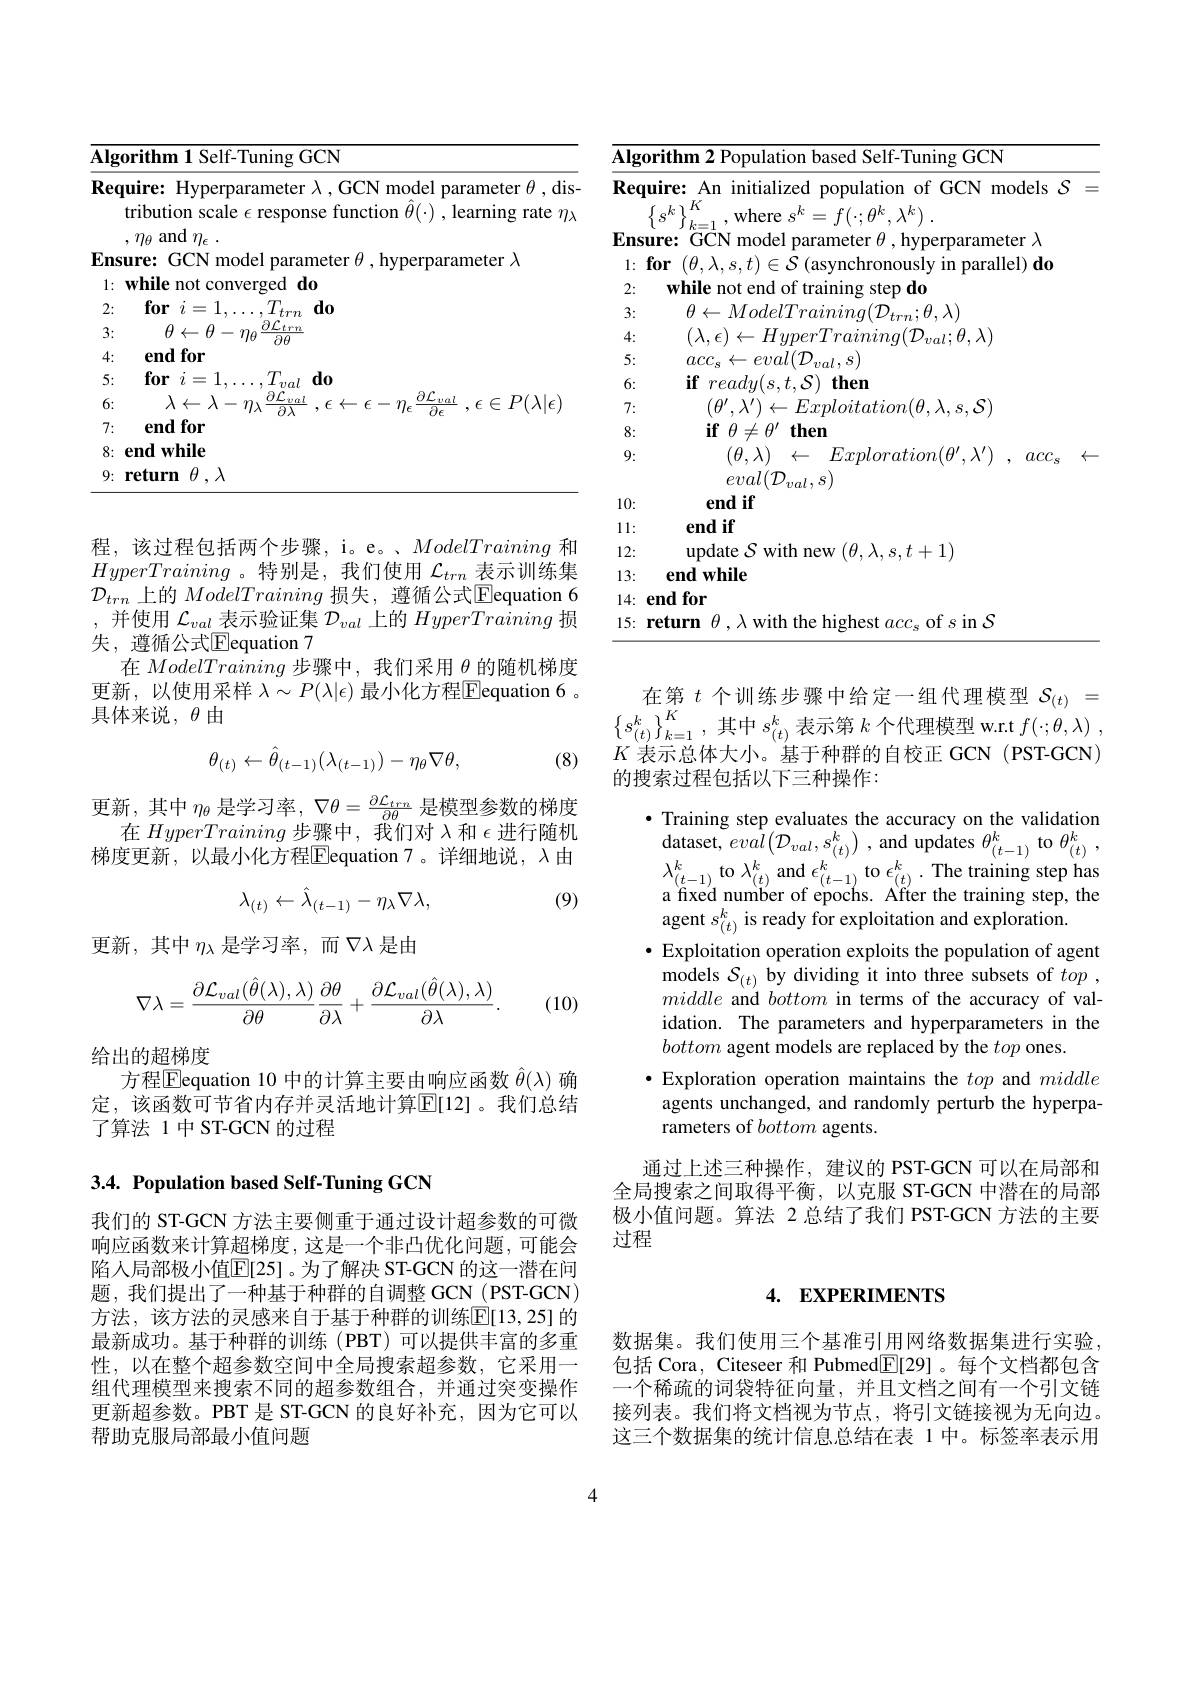
<table>
	<tbody>
		<tr>
			<td>$\overline{\mathbf{Alg}}$ T</td>
			<td>$\textbf{orithm1 Self- Tuning GCN}$</td>
		</tr>
		<tr>
			<td>Req</td>
			<td>uire: Hyperparameter $\lambda$,GCN model parameter $\theta$,dis tribution scale $\epsilon$ response function $\hat{\theta}(\cdot)$, learning rate $\eta_\lambda$</td>
		</tr>
		<tr>
			<td>3:</td>
			<td>$\theta\leftarrow\theta-$ $-\eta_{6}$ $\frac{-trn}{-1}$ $\partial\theta$</td>
		</tr>
		<tr>
			<td>4:</td>
			<td>end for</td>
		</tr>
		<tr>
			<td>5:</td>
			<td>$\textbf{for}i=$ , $d_0$ $71al$</td>
		</tr>
		<tr>
			<td>6:</td>
			<td>$\lambda\leftarrow\lambda-$ $\in P(\lambda|\epsilon)$</td>
		</tr>
		<tr>
			<td>7:</td>
			<td>$\mathbf{endfor}$</td>
		</tr>
		<tr>
			<td>8:</td>
			<td>$\textbf{end while}$</td>
		</tr>
		<tr>
			<td>9:</td>
			<td>return $\theta$ , $\lambda$</td>
		</tr>
	</tbody>
</table>

程，该过程包括两个步骤，i。e。、ModelTraining和HyperTraining 。特别是，我们使用$\mathcal{L}_trn$表示训练集$\mathcal{D}_{trn}$上的ModelTraining损失，遵循公式$\underline\text{Eequation 6}$ ,并使用$\mathcal{L}_val$表示验证集$\mathcal{D}_val$上的HyperTraining损失，遵循公式$\overline{\mathrm{E}}$equation 7
在ModelTraining步骤中，我们采用$\theta$的随机梯度更新，以使用采样 $\lambda\sim P(\lambda|\epsilon)$ 最小化方程$\overline{\mathrm{E}}$equation 6。具体来说$,\theta$由

(8)
$$\theta_{(t)}\leftarrow\hat{\theta}_{(t-1)}(\lambda_{(t-1)})-\eta_{\theta}\nabla\theta,$$
更新，其中$\eta_\theta$是学习率，$\nabla\theta=\frac\partial\mathcal{L}_{trn}{\partial\theta}$是模型参数的梯度
在HyperTraining步骤中，我们对$\lambda$和$\epsilon$进行随机梯度更新，以最小化方程$\boxed{\mathrm{E}}$equation 7。详细地说，$\lambda$ 由
$$\lambda_{(t)}\leftarrow\hat{\lambda}_{(t-1)}-\eta_{\lambda}\nabla\lambda,$$
(9)

更新，其中$\eta_\lambda$是学习率，而$\nabla\lambda$是由
$$\nabla\lambda=\frac{\partial\mathcal{L}_{val}(\hat{\theta}(\lambda),\lambda)}{\partial\theta}\frac{\partial\theta}{\partial\lambda}+\frac{\partial\mathcal{L}_{val}(\hat{\theta}(\lambda),\lambda)}{\partial\lambda}.$$
(10)

给出的超梯度
方程$\overline{\text{Eequation 10 中的计算主要由响应函数 }\hat{\theta}}(\lambda)$ 确定，该函数可节省内存并灵活地计算$\mathbb{E}[12]$。我们总结了算法 1 中 ST-GCN 的过程

## 3.4. Population based Self-Tuning GCN

我们的 ST-GCN 方法主要侧重于通过设计超参数的可微响应函数来计算超梯度，这是一个非凸优化问题，可能会陷人局部极小值$\mathbb{E}[25]$。为了解决 ST-GCN 的这一潜在问题，我们提出了一种基于种群的自调整 GCN (PST-GCN) 方法，该方法的灵感来自于基于种群的训练$\mathbb{E}[13,25]$ 的最新成功。基于种群的训练(PBT)可以提供丰富的多重性，以在整个超参数空间中全局搜索超参数，它采用一组代理模型来搜索不同的超参数组合，并通过突变操作更新超参数。PBT 是 ST-GCN 的良好补充，因为它可以帮助克服局部最小值问题

<table>
	<tbody>
		<tr>
			<td>$\overline{\mathbf{Alg}}$ 1</td>
			<td>orithm 2 Popu 五 ased Self-Tuning GCN</td>
		</tr>
		<tr>
			<td>2:</td>
			<td>$\mathbf{while}$ step do</td>
		</tr>
		<tr>
			<td>3:</td>
			<td> $t_{rn}:\theta,\lambda)$</td>
		</tr>
		<tr>
			<td>4:</td>
			<td></td>
		</tr>
		<tr>
			<td>5:</td>
			<td>$\rho\eta\gamma al$ $({\mathcal{D}}$ $acc_{\mathrm{s}}$ $al_{1}$</td>
		</tr>
		<tr>
			<td>6:</td>
			<td>then $\ddot{\mathbf{if}}$ ren 21</td>
		</tr>
		<tr>
			<td>7:</td>
			<td></td>
		</tr>
		<tr>
			<td>8:</td>
			<td>then $\mathbf{if}$ $\theta \neq$ $\mu^{\prime}$</td>
		</tr>
		<tr>
			<td>9:</td>
			<td>$Exploration( \theta ^{\prime }, \lambda ^{\prime })$ , $acc_{s}$ $(\theta,\lambda)$ $\leftarrow$</td>
		</tr>
		<tr>
			<td>10:</td>
			<td> end if</td>
		</tr>
		<tr>
			<td>1: 1 </td>
			<td>$\mathbf{endif}$</td>
		</tr>
		<tr>
			<td>12:</td>
			<td>$(\theta,\lambda,s,t+1)$ $\bullet\Lambda$ with mew</td>
		</tr>
		<tr>
			<td>13:</td>
			<td>$\mathbf{endwhile}$</td>
		</tr>
		<tr>
			<td>14:</td>
			<td>endfor</td>
		</tr>
		<tr>
			<td>15:</td>
			<td>returm $H$ the of s in S </td>
		</tr>
	</tbody>
</table>

在第$t$个训练步骤中给定一组代理模型$\mathcal{S}_{(t)}=\\\left\{s_{(t)}^{k}\right\}_{k=1}^{K}$,其中$s_{(t)}^{k}$表示第$k$个代理模型 w.r.t $f( \cdot ; \theta , \lambda )$ , $K$表示总体大小。基于种群的自校正 GCN (PST-GCN) 的搜索过程包括以下三种操作：

· Training step evaluates the accuracy on the validation $\begin{array}{l}{\mathrm{dataset,~ev}\hat{al}\big(\mathcal{D}_{val},s_{(t)}^{k}\big)\:,~\mathrm{and~updates~}\theta_{(t-1)}^{k}~\mathrm{to~}\theta_{(t)}^{k}~,}\\{\lambda_{(t-1)}^{k}~\mathrm{to~}\lambda_{(t)}^{k}~\mathrm{and~}\epsilon_{(t-1)}^{k}~\mathrm{to~}\epsilon_{(t)}^{k}~.~\mathrm{The~training~step~has}}\\{\text{a fixed number of epochs. Affter the training step, the}}\end{array}$ agent $s_{(t)}^{k}$ is ready for exploitation and exploration.
· Exploitation operation exploits the population of agent
${\mathrm{models~}\mathcal{S} }_{( t) }{\mathrm{by~dividing~it~into~three~subsets~of~}}top$ , middle and bottom in terms of the accuracy of validation. The parameters and hyperparameters in the bottom agent models are replaced by the top ones
$\bullet$ Exploration operation maintains the top and middle agents unchanged, and randomly perturb the hyperparameters of bottom agents.
通过上述三种操作，建议的 PST-GCN 可以在局部和全局搜索之间取得平衡，以克服 ST-GCN 中潜在的局部

极小值问题。算法 2 总结了我们 PST-GCN 方法的主要
过程

## 4. EXPERIMENTS

数据集。我们使用三个基准引用网络数据集进行实验包括 Cora, Citeseer 和 Pubmed$\boxed{\mathrm{F}}[29]$。每个文档都包含一个稀疏的词袋特征向量，并且文档之间有一个引文链接列表。我们将文档视为节点，将引文链接视为无向边。这三个数据集的统计信息总结在表 1 中。标签率表示用

4